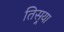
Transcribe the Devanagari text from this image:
तिसर्‍र्‍या